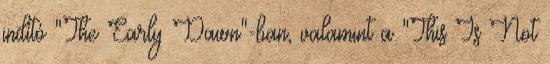
indító "The Early Dawn"-ban, valamint a "This Is Not